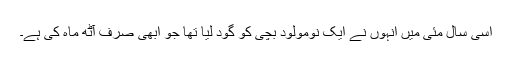
اسی سال مئی میں انہوں نے ایک نومولود بچی کو گود لیا تھا جو ابھی صرف آٹھ ماہ کی ہے۔